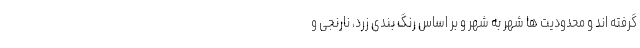
گرفته اند و محدودیت ها شهر به شهر و بر اساس رنگ بندی زرد، نارنجی و